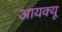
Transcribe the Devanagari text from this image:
आयक्यू